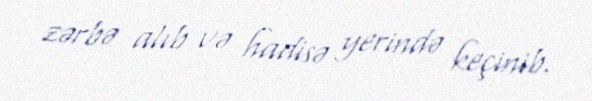
zərbə alıb və hadisə yerində keçinib.